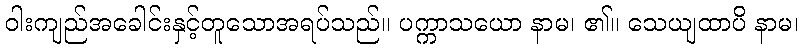
ဝါးကျည်အခေါင်းနှင့်တူသောအရပ်သည်။ ပက္ကာသယော နာမ၊ ၏။ သေယျထာပိ နာမ၊